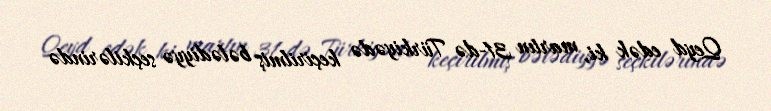
Qeyd edək ki, martın 31-də Türkiyədə keçirilmiş bələdiyyə seçkilərində